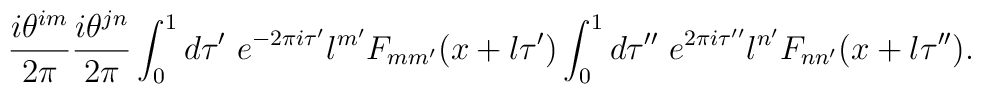
\frac{i \theta^{im}}{2 \pi}\frac{i \theta^{jn}}{2 \pi}\int_0^1 d\tau'~ e^{-2 \pi i \tau'} l^{m'} F_{mm'} (x+l \tau')\int_0^1 d\tau''~ e^{2 \pi i \tau''} l^{n'} F_{nn'} (x+l \tau'').